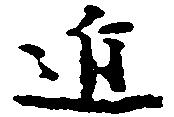
進